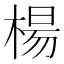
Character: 楊